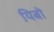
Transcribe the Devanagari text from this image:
यिबो